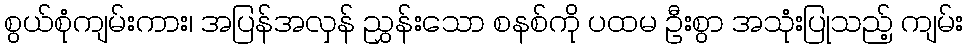
စွယ်စုံကျမ်းကား၊ အပြန်အလှန် ညွှန်းသော စနစ်ကို ပထမ ဦးစွာ အသုံးပြုသည့် ကျမ်း